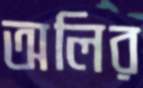
অলির